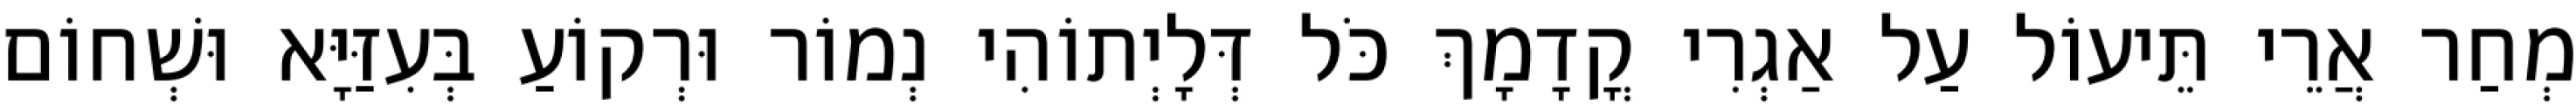
מְחַר אֲרֵי תֵּיעוֹל עַל אַגְרִי קֳדָמָךְ כֹּל דְּלָיְתוֹהִי נְמוֹר וּרְקוֹעַ בְּעִזַּיָּא וּשְׁחוֹם